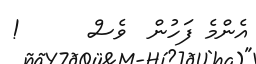
އެންމެ ފަހުން  ވެސް      !